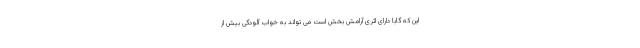
این که گابا دارای اثری آرامش بخش است می تواند به خواب آلودگی بیش از